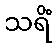
သရိံ